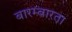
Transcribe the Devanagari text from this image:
बारम्‍बारता